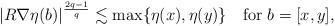
LaTeX: \begin{align*}|R\nabla\eta(b)|^\frac{2q-1}{q}\lesssim\max\{\eta(x),\eta(y)\}\quad\mbox{for}\;b=[x,y],\end{align*}